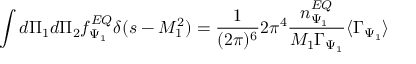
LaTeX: \int d \Pi _ { 1 } d \Pi _ { 2 } f _ { \Psi _ { 1 } } ^ { E Q } \delta ( s - M _ { 1 } ^ { 2 } ) = \frac { 1 } { ( 2 \pi ) ^ { 6 } } 2 \pi ^ { 4 } \frac { n _ { \Psi _ { 1 } } ^ { E Q } } { M _ { 1 } \Gamma _ { \Psi _ { 1 } } } \langle \Gamma _ { \Psi _ { 1 } } \rangle